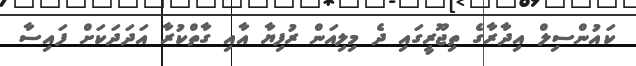
ކައުންސިލް އިދާރާގެ ތިޖޫރީގައި ދެ މިލިއަން ރުފިޔާ އާއި ގާތްކުރާ އަދަދަކަށް ފައިސާ